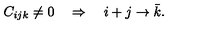
C _ { i j k } \neq 0 \quad \Rightarrow \quad i + j \rightarrow \bar { k } .